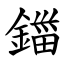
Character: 鍿